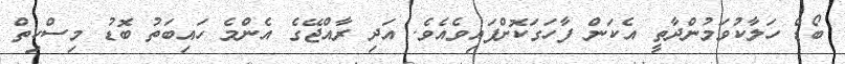
ބޯޑް ހަލާކުވަމުންދާތީ އެކަން ފާހަގަކޮށްފައިވެއެވެ. އަދި ރާއްޖޭގެ އެންމެ ހައިބަތު ބޮޑު މިސްކިތް